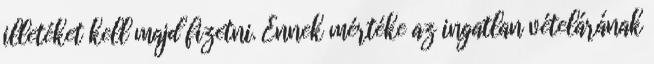
illetéket kell majd fizetni. Ennek mértéke az ingatlan vételárának